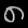
Digit: ၈